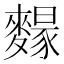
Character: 𪍭